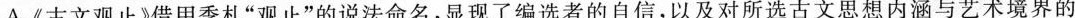
A.《古文观止》借用季札”观止”的说法命名，显现了编选者的自信，以及对所选古文思想内涵与艺术境界的